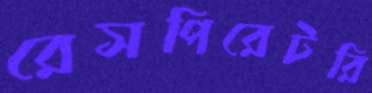
রেসপিরেটরি